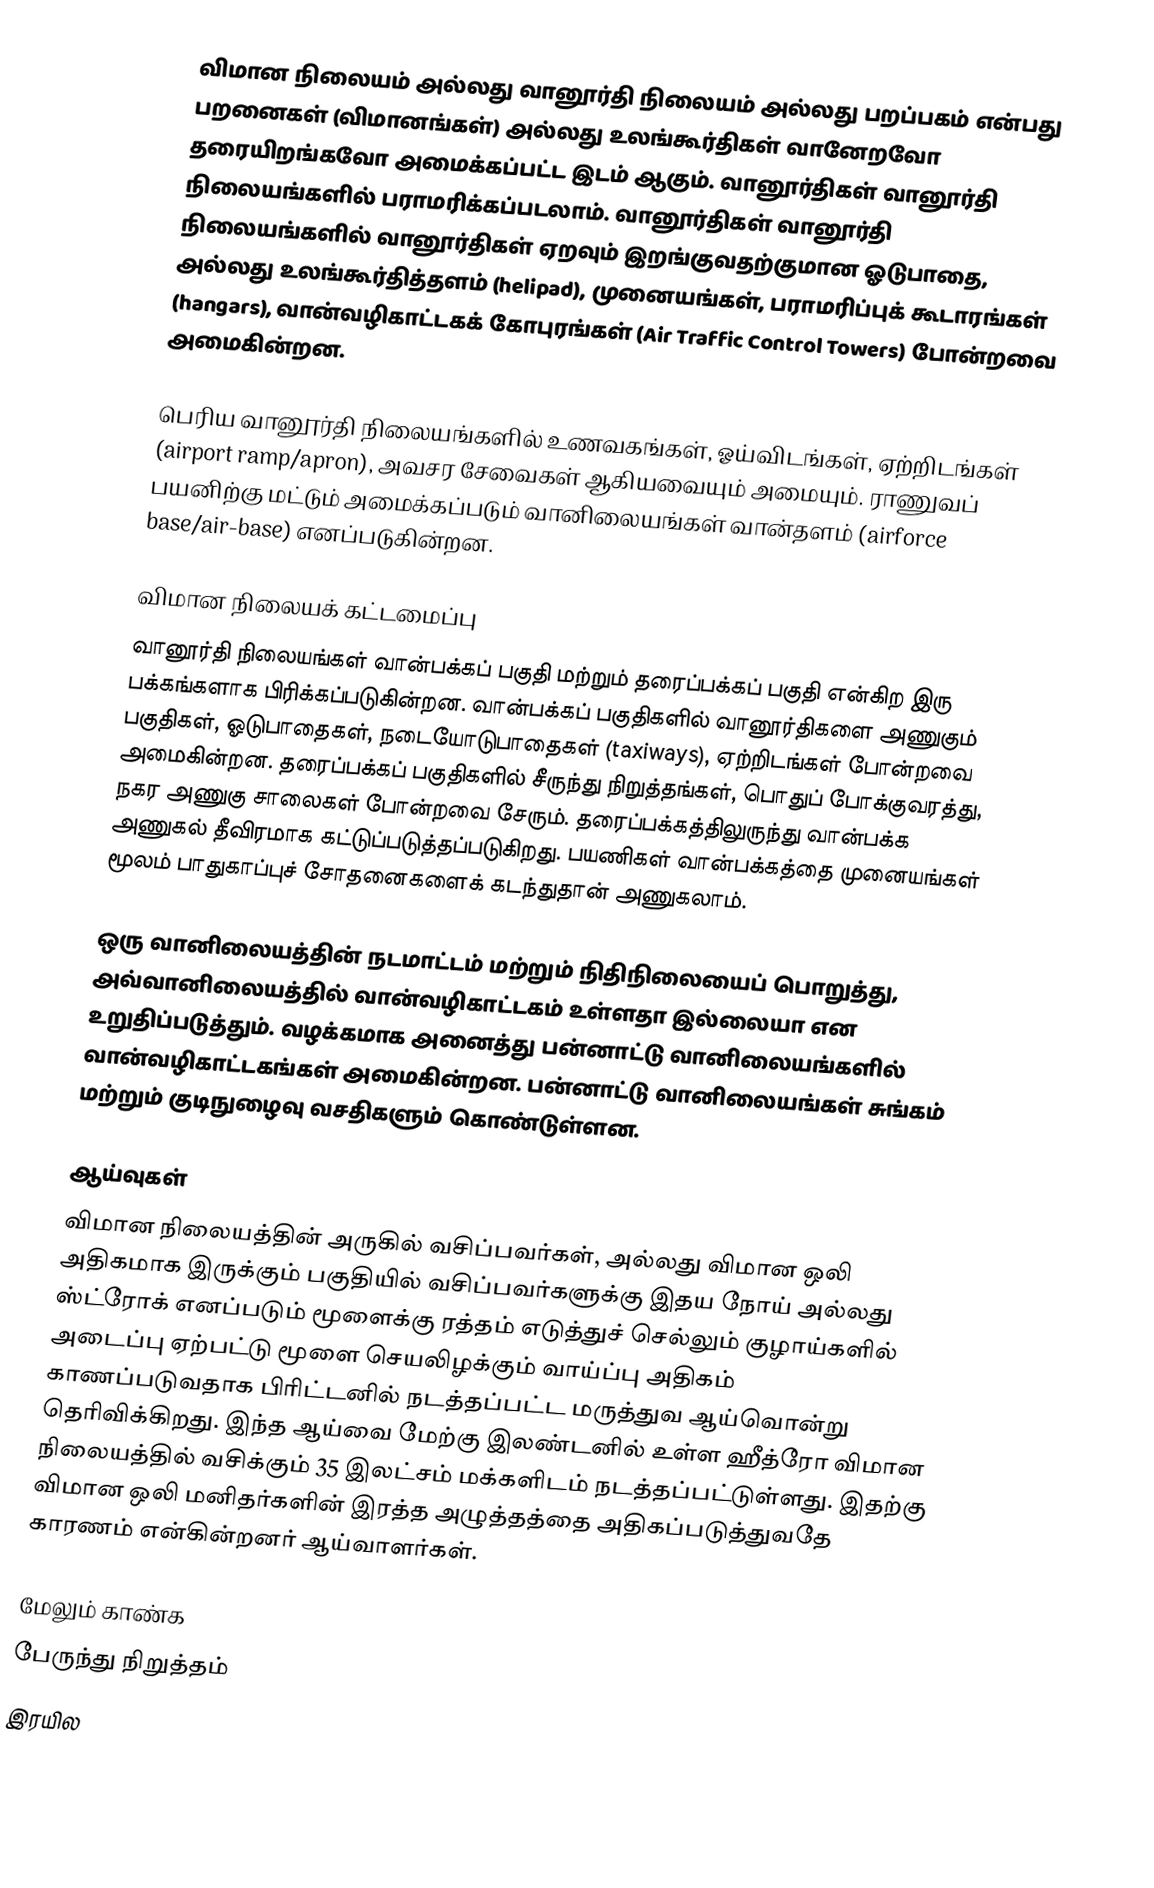
விமான நிலையம் அல்லது வானூர்தி நிலையம் அல்லது பறப்பகம் என்பது பறனைகள் (விமானங்கள்) அல்லது உலங்கூர்திகள் வானேறவோ தரையிறங்கவோ அமைக்கப்பட்ட இடம் ஆகும். வானூர்திகள் வானூர்தி நிலையங்களில் பராமரிக்கப்படலாம். வானூர்திகள் வானூர்தி நிலையங்களில் வானூர்திகள் ஏறவும் இறங்குவதற்குமான ஓடுபாதை, அல்லது உலங்கூர்தித்தளம் (helipad), முனையங்கள், பராமரிப்புக் கூடாரங்கள் (hangars), வான்வழிகாட்டகக் கோபுரங்கள் (Air Traffic Control Towers) போன்றவை அமைகின்றன.

பெரிய வானூர்தி நிலையங்களில் உணவகங்கள், ஓய்விடங்கள், ஏற்றிடங்கள் (airport ramp/apron), அவசர சேவைகள் ஆகியவையும் அமையும். ராணுவப் பயனிற்கு மட்டும் அமைக்கப்படும் வானிலையங்கள் வான்தளம் (airforce base/air-base) எனப்படுகின்றன.

விமான நிலையக் கட்டமைப்பு
வானூர்தி நிலையங்கள் வான்பக்கப் பகுதி மற்றும் தரைப்பக்கப் பகுதி என்கிற இரு பக்கங்களாக பிரிக்கப்படுகின்றன. வான்பக்கப் பகுதிகளில் வானூர்திகளை அணுகும் பகுதிகள், ஓடுபாதைகள், நடையோடுபாதைகள் (taxiways), ஏற்றிடங்கள் போன்றவை அமைகின்றன. தரைப்பக்கப் பகுதிகளில் சீருந்து நிறுத்தங்கள், பொதுப் போக்குவரத்து, நகர அணுகு சாலைகள் போன்றவை சேரும். தரைப்பக்கத்திலுருந்து வான்பக்க அணுகல் தீவிரமாக கட்டுப்படுத்தப்படுகிறது. பயணிகள் வான்பக்கத்தை முனையங்கள் மூலம் பாதுகாப்புச் சோதனைகளைக் கடந்துதான் அணுகலாம்.

ஒரு வானிலையத்தின் நடமாட்டம் மற்றும் நிதிநிலையைப் பொறுத்து, அவ்வானிலையத்தில் வான்வழிகாட்டகம் உள்ளதா இல்லையா என உறுதிப்படுத்தும். வழக்கமாக அனைத்து பன்னாட்டு வானிலையங்களில் வான்வழிகாட்டகங்கள் அமைகின்றன. பன்னாட்டு வானிலையங்கள் சுங்கம் மற்றும் குடிநுழைவு வசதிகளும் கொண்டுள்ளன.

ஆய்வுகள்
விமான நிலையத்தின் அருகில் வசிப்பவர்கள், அல்லது விமான ஒலி அதிகமாக இருக்கும் பகுதியில் வசிப்பவர்களுக்கு இதய நோய் அல்லது ஸ்ட்ரோக் எனப்படும் மூளைக்கு ரத்தம் எடுத்துச் செல்லும் குழாய்களில் அடைப்பு ஏற்பட்டு மூளை செயலிழக்கும் வாய்ப்பு அதிகம் காணப்படுவதாக பிரிட்டனில் நடத்தப்பட்ட மருத்துவ ஆய்வொன்று தெரிவிக்கிறது. இந்த ஆய்வை மேற்கு இலண்டனில் உள்ள ஹீத்ரோ விமான நிலையத்தில் வசிக்கும் 35 இலட்சம் மக்களிடம் நடத்தப்பட்டுள்ளது. இதற்கு விமான ஒலி மனிதர்களின் இரத்த அழுத்தத்தை அதிகப்படுத்துவதே காரணம் என்கின்றனர் ஆய்வாளர்கள்.

மேலும் காண்க
 பேருந்து நிறுத்தம்
 இரயில